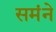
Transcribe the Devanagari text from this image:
समंने